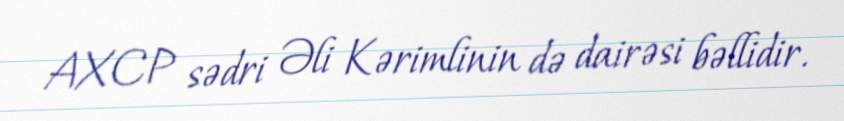
AXCP sədri Əli Kərimlinin də dairəsi bəllidir.